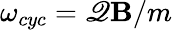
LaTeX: \omega_{cyc}=\mathscr{Q}\mathbf{B}/m